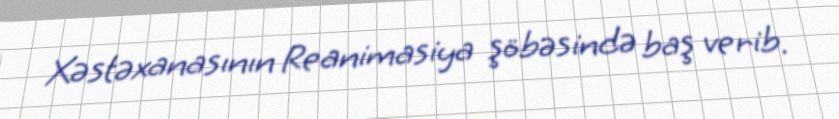
Xəstəxanasının Reanimasiya şöbəsində baş verib.